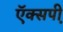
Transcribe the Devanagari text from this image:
ऍक्सपी़